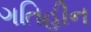
ગતિહીન